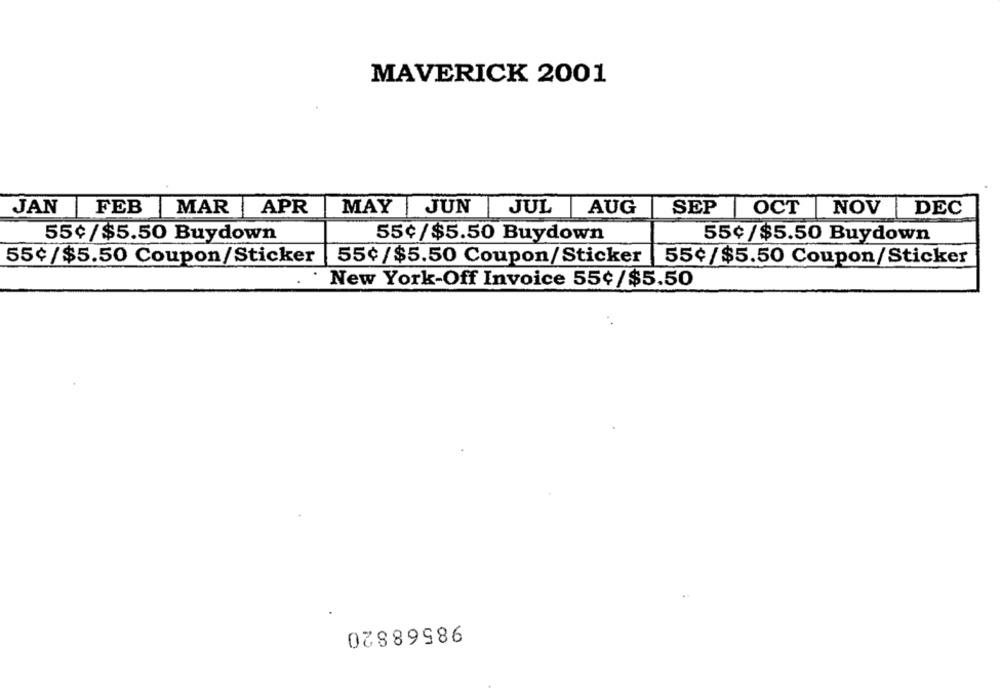
MAVERICK 2001
JAN
FEB |MAR APR
MAY
JUN
JUL AUG
SEP OCT
NOV DEC
55¢/$5.50 Buydown
55¢/$5.50 Buydown
55¢/$5.50 Buydown
55¢/$5.50 Coupon/Sticker
55¢/$5.50 Coupon/Sticker
55¢/$5.50 Coupon/Sticker
· New York-Off Invoice 55¢/$5.50
98568820